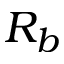
R _ { b }